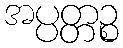
အပ္ပတ္တဉ္စ